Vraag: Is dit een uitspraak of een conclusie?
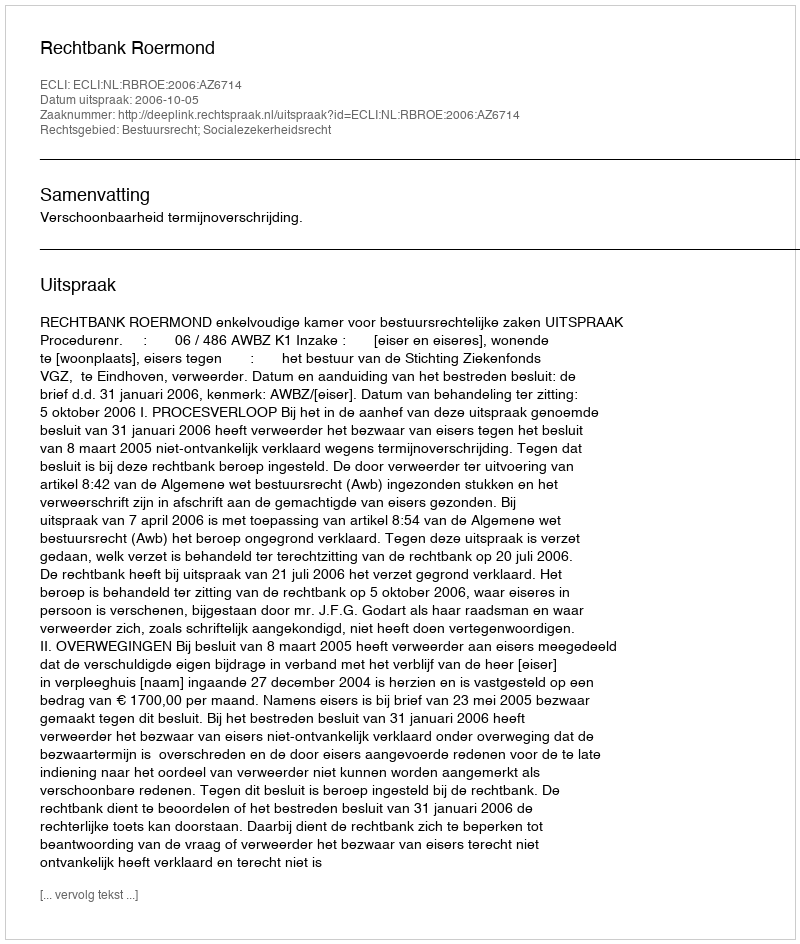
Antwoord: Uitspraak